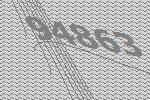
94863